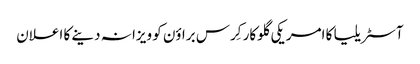
آ‎سٹریلیا کا امریکی گلوکار کِرس براؤن کو ویزا نہ دینے کا اعلان